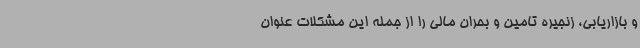
و بازاریابی، زنجیره تامین و بحران مالی را از جمله این مشکلات عنوان